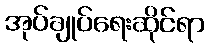
အုပ်ချုပ်ရေးဆိုင်ရာ